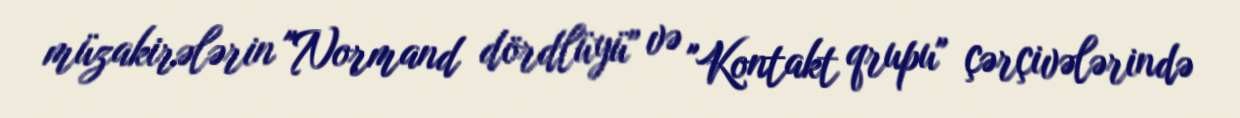
müzakirələrin "Normand dördlüyü" və "Kontakt qrupu" çərçivələrində